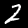
Digit: 2